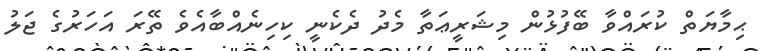
ޙިމާޔަތް ކުރައްވާ ބޭފުޅުން މިޝަރީޢަތާ މެދު ދެކެނީ ކިހިނެއްބާއެވެ ތޭރަ އަހަރުގެ ޖަލު